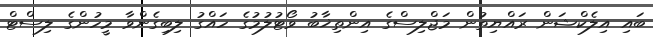
ބައި އިލެކްޝަން ރައްޔިތުން މަޖްލިސްގެ އިންތިޚާބު ވޯޓުލުމުގެ ހައްގު ލިބިގެންވާ މީހުންގެ ލިސްޓް